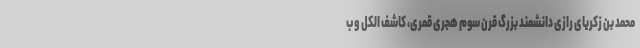
محمد بن زکریای رازی دانشمند بزرگ قرن سوم هجری قمری، کاشف الکل و ب